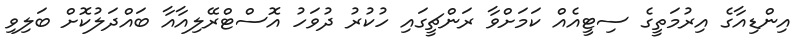
އިންޑިއާގެ އިރުމަތީގެ ސިޓީއެއް ކަމަށްވާ ރަންޗީގައި ހުކުރު ދުވަހު އޮސްޓްރޭލިއާއާ ބައްދަލުކޮށް ބަލިވި